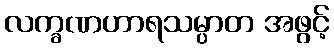
လက္ခဏဟာရသမ္ပာတ အဖွင့်